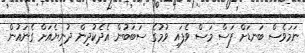
ނަމަވެސް ބަނޑަށް ފަސް މަސް ވެފައި ވުމުގެ ސަބަބުން އެދެކުދިން ދުނިޔެއަށް ގެނައުން